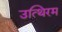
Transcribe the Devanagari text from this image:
उत्थिरम